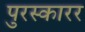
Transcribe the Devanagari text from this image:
पुरस्कारर